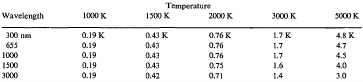
| <COLSPAN=6> Temperature |
 | Wavelength | 1000 K | 1500 K | 2000 K | 3000 K | 5000 K |
 | --- | --- | --- | --- | --- | --- |
 | 300 nm | 0.19 K | 0.43 K | 0.76 K | 1.7 K | 4.8 K |
 | 655 | 0.19 | 0.43 | 0.76 | 1.7 | 4.7 |
 | 1000 | 0.19 | 0.43 | 0.76 | 1.7 | 4.5 |
 | 1500 | 0.19 | 0.43 | 0.75 | 1.6 | 4.0 |
 | 3000 | 0.19 | 0.42 | 0.71 | 1.4 | 3.0 |